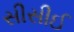
સીસીઈ